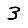
Digit: 3